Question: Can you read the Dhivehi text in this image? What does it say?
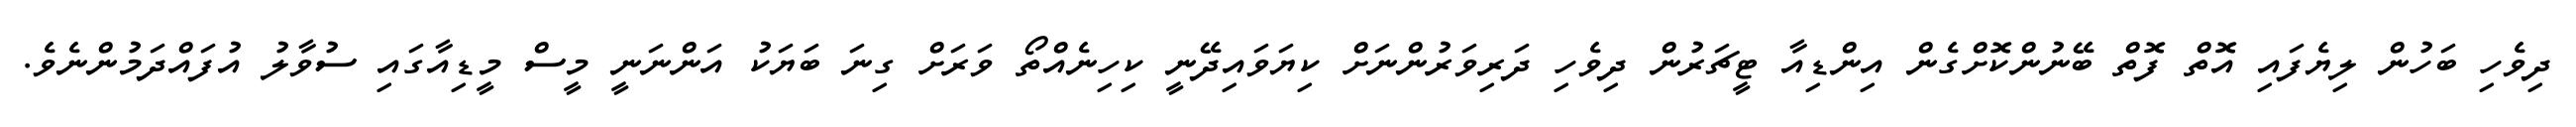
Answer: ދިވެހި ބަހުން ލިޔެފައި އޮތް ފޮތް ބޭނުންކޮށްގެން އިންޑިއާ ޓީޗަރުން ދިވެހި ދަރިވަރުންނަށް ކިޔަވައިދޭނީ ކިހިނެއްތޯ ވަރަށް ގިނަ ބަޔަކު އަންނަނީ މީސް މީޑިއާގައި ސުވާލު އުފައްދަމުންނެވެ.